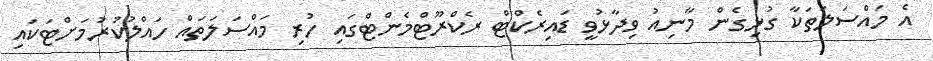
އެ މައްސަލަތަކާ ގުޅިގެން މާނިއު ވިދާޅުވީ ޑައިރެކްޓް ރެކްރޫޓްމެންޓްގައި ހުރި މައްސަލަތައް ހައްލުކުރުމަށްޓަކައި